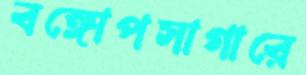
বঙ্গোপসাগারে